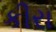
કીરા